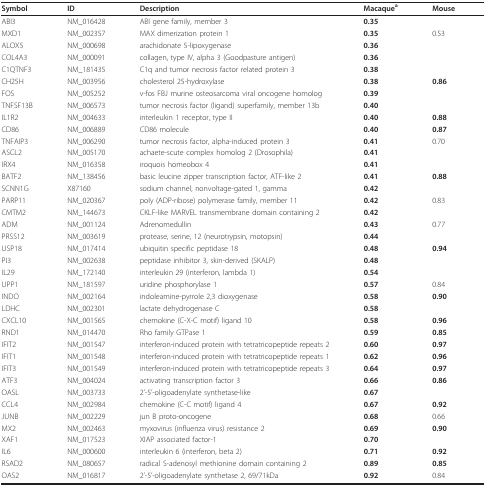
<table><thead><tr><td><b>Symbol</b></td><td><b>ID</b></td><td><b>Description</b></td><td><b>Macaque<sup>a</sup></b></td><td><b>Mouse</b></td></tr></thead><tbody><tr><td>ABI3</td><td>NM_016428</td><td>ABI gene family, member 3</td><td><b>0.35</b></td><td></td></tr><tr><td>MXD1</td><td>NM_002357</td><td>MAX dimerization protein 1</td><td><b>0.35</b></td><td>0.53</td></tr><tr><td>ALOX5</td><td>NM_000698</td><td>arachidonate 5-lipoxygenase</td><td><b>0.36</b></td><td></td></tr><tr><td>COL4A3</td><td>NM_000091</td><td>collagen, type IV, alpha 3 (Goodpasture antigen)</td><td><b>0.36</b></td><td></td></tr><tr><td>C1QTNF3</td><td>NM_181435</td><td>C1q and tumor necrosis factor related protein 3</td><td><b>0.38</b></td><td></td></tr><tr><td>CH25H</td><td>NM_003956</td><td>cholesterol 25-hydroxylase</td><td><b>0.38</b></td><td><b>0.86</b></td></tr><tr><td>FOS</td><td>NM_005252</td><td>v-fos FBJ murine osteosarcoma viral oncogene homolog</td><td><b>0.39</b></td><td></td></tr><tr><td>TNFSF13B</td><td>NM_006573</td><td>tumor necrosis factor (ligand) superfamily, member 13b</td><td><b>0.40</b></td><td></td></tr><tr><td>IL1R2</td><td>NM_004633</td><td>interleukin 1 receptor, type II</td><td><b>0.40</b></td><td><b>0.88</b></td></tr><tr><td>CD86</td><td>NM_006889</td><td>CD86 molecule</td><td><b>0.40</b></td><td><b>0.87</b></td></tr><tr><td>TNFAIP3</td><td>NM_006290</td><td>tumor necrosis factor, alpha-induced protein 3</td><td><b>0.41</b></td><td>0.70</td></tr><tr><td>ASCL2</td><td>NM_005170</td><td>achaete-scute complex homolog 2 (Drosophila)</td><td><b>0.41</b></td><td></td></tr><tr><td>IRX4</td><td>NM_016358</td><td>iroquois homeobox 4</td><td><b>0.41</b></td><td></td></tr><tr><td>BATF2</td><td>NM_138456</td><td>basic leucine zipper transcription factor, ATF-like 2</td><td><b>0.41</b></td><td><b>0.88</b></td></tr><tr><td>SCNN1G</td><td>X87160</td><td>sodium channel, nonvoltage-gated 1, gamma</td><td><b>0.42</b></td><td></td></tr><tr><td>PARP11</td><td>NM_020367</td><td>poly (ADP-ribose) polymerase family, member 11</td><td><b>0.42</b></td><td>0.83</td></tr><tr><td>CMTM2</td><td>NM_144673</td><td>CKLF-like MARVEL transmembrane domain containing 2</td><td><b>0.42</b></td><td></td></tr><tr><td>ADM</td><td>NM_001124</td><td>Adrenomedullin</td><td><b>0.43</b></td><td>0.77</td></tr><tr><td>PRSS12</td><td>NM_003619</td><td>protease, serine, 12 (neurotrypsin, motopsin)</td><td><b>0.44</b></td><td></td></tr><tr><td>USP18</td><td>NM_017414</td><td>ubiquitin specific peptidase 18</td><td><b>0.48</b></td><td><b>0.94</b></td></tr><tr><td>PI3</td><td>NM_002638</td><td>peptidase inhibitor 3, skin-derived (SKALP)</td><td><b>0.48</b></td><td></td></tr><tr><td>IL29</td><td>NM_172140</td><td>interleukin 29 (interferon, lambda 1)</td><td><b>0.54</b></td><td></td></tr><tr><td>UPP1</td><td>NM_181597</td><td>uridine phosphorylase 1</td><td><b>0.57</b></td><td>0.84</td></tr><tr><td>INDO</td><td>NM_002164</td><td>indoleamine-pyrrole 2,3 dioxygenase</td><td><b>0.58</b></td><td><b>0.90</b></td></tr><tr><td>LDHC</td><td>NM_002301</td><td>lactate dehydrogenase C</td><td><b>0.58</b></td><td></td></tr><tr><td>CXCL10</td><td>NM_001565</td><td>chemokine (C-X-C motif) ligand 10</td><td><b>0.58</b></td><td><b>0.96</b></td></tr><tr><td>RND1</td><td>NM_014470</td><td>Rho family GTPase 1</td><td><b>0.59</b></td><td><b>0.85</b></td></tr><tr><td>IFIT2</td><td>NM_001547</td><td>interferon-induced protein with tetratricopeptide repeats 2</td><td><b>0.60</b></td><td><b>0.97</b></td></tr><tr><td>IFIT1</td><td>NM_001548</td><td>interferon-induced protein with tetratricopeptide repeats 1</td><td><b>0.62</b></td><td><b>0.96</b></td></tr><tr><td>IFIT3</td><td>NM_001549</td><td>interferon-induced protein with tetratricopeptide repeats 3</td><td><b>0.64</b></td><td><b>0.97</b></td></tr><tr><td>ATF3</td><td>NM_004024</td><td>activating transcription factor 3</td><td><b>0.66</b></td><td><b>0.86</b></td></tr><tr><td>OASL</td><td>NM_003733</td><td>2&#x27;-5&#x27;-oligoadenylate synthetase-like</td><td><b>0.67</b></td><td></td></tr><tr><td>CCL4</td><td>NM_002984</td><td>chemokine (C-C motif) ligand 4</td><td><b>0.67</b></td><td><b>0.92</b></td></tr><tr><td>JUNB</td><td>NM_002229</td><td>jun B proto-oncogene</td><td><b>0.68</b></td><td>0.66</td></tr><tr><td>MX2</td><td>NM_002463</td><td>myxovirus (influenza virus) resistance 2</td><td><b>0.69</b></td><td><b>0.90</b></td></tr><tr><td>XAF1</td><td>NM_017523</td><td>XIAP associated factor-1</td><td><b>0.70</b></td><td></td></tr><tr><td>IL6</td><td>NM_000600</td><td>interleukin 6 (interferon, beta 2)</td><td><b>0.71</b></td><td><b>0.92</b></td></tr><tr><td>RSAD2</td><td>NM_080657</td><td>radical S-adenosyl methionine domain containing 2</td><td><b>0.89</b></td><td><b>0.85</b></td></tr><tr><td>OAS2</td><td>NM_016817</td><td>2&#x27;-5&#x27;-oligoadenylate synthetase 2, 69/71kDa</td><td><b>0.92</b></td><td>0.84</td></tr></tbody></table>